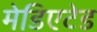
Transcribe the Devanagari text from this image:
मेडिएटेड